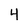
Character: 4